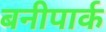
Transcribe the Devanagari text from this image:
बनीपार्क